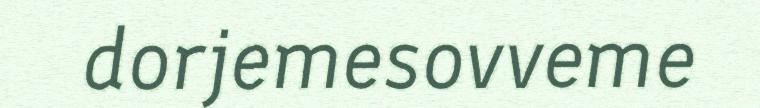
dorjemesovveme